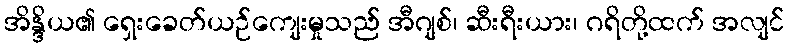
အိန္ဒိယ၏ ရှေးခေတ်ယဉ်ကျေးမှုသည် အီဂျစ်၊ ဆီးရီးယား၊ ဂရိတို့ထက် အလျင်